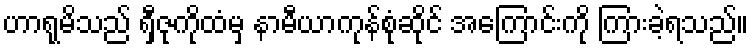
ဟာရုမိသည် ရှီဇုကိုထံမှ နာမီယာကုန်စုံဆိုင် အကြောင်းကို ကြားခဲ့ရသည်။